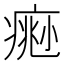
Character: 𤸨